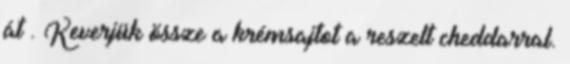
át . Keverjük össze a krémsajtot a reszelt cheddar­ral.